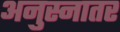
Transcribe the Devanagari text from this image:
अनुस्नातर